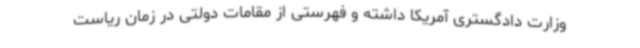
وزارت دادگستری آمریکا داشته و فهرستی از مقامات دولتی در زمان ریاست